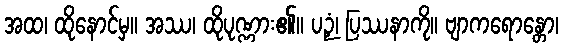
အထ၊ ထိုနောင်မှ။ အဿ၊ ထိုပုဏ္ဏား၏။ ပဉှံ၊ ပြဿနာကို။ ဗျာကရောန္တော၊